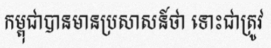
កម្ពុជាបានមានប្រសាសន៍ថា ទោះជាត្រូវ